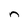
Character: n